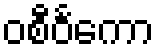
ဝစီဝင်္ကော